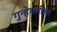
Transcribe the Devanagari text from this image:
गुन्हेगारीला